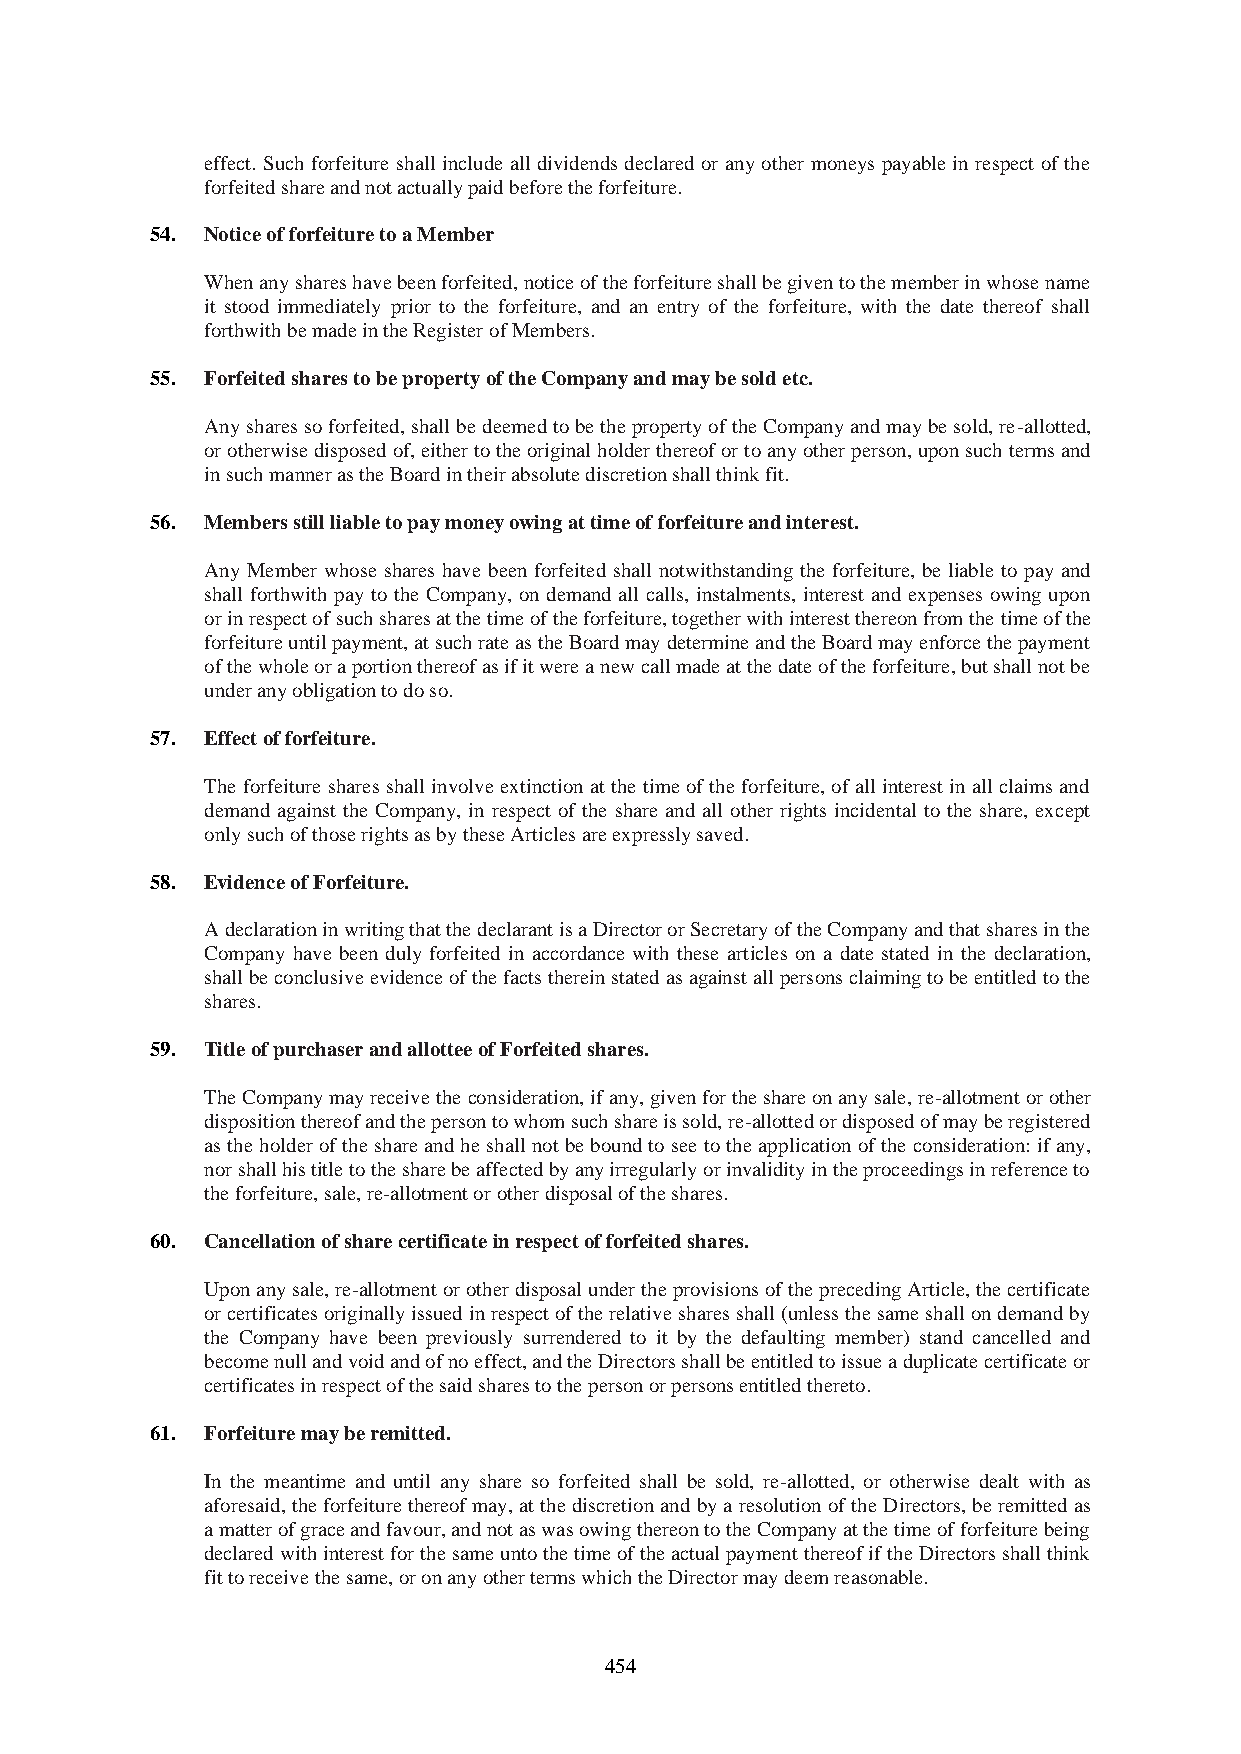
effect. Such forfeiture shall include all dividends declared or any other moneys payable in respect of the
 forfeited share and not actually paid before the forfeiture.
 54. Notice of forfeiture to a Member
 When any shares have been forfeited, notice of the forfeiture shall be given to the member in whose name
 it stood immediately prior to the forfeiture, and an entry of the forfeiture, with the date thereof shall
 forthwith be made in the Register of Members.
 55. Forfeited shares to be property of the Company and may be sold etc.
 Any shares so forfeited, shall be deemed to be the property of the Company and may be sold, re-allotted,
 or otherwise disposed of, either to the original holder thereof or to any other person, upon such terms and
 in such manner as the Board in their absolute discretion shall think fit.
 56. Members still liable to pay money owing at time of forfeiture and interest.
 Any Member whose shares have been forfeited shall notwithstanding the forfeiture, be liable to pay and
 shall forthwith pay to the Company, on demand all calls, instalments, interest and expenses owing upon
 or in respect of such shares at the time of the forfeiture, together with interest thereon from the time of the
 forfeiture until payment, at such rate as the Board may determine and the Board may enforce the payment
 of the whole or a portion thereof as if it were a new call made at the date of the forfeiture, but shall not be
 under any obligation to do so.
 57. Effect of forfeiture.
 The forfeiture shares shall involve extinction at the time of the forfeiture, of all interest in all claims and
 demand against the Company, in respect of the share and all other rights incidental to the share, except
 only such of those rights as by these Articles are expressly saved.
 58. Evidence of Forfeiture.
 A declaration in writing that the declarant is a Director or Secretary of the Company and that shares in the
 Company have been duly forfeited in accordance with these articles on a date stated in the declaration,
 shall be conclusive evidence of the facts therein stated as against all persons claiming to be entitled to the
 shares.
 59. Title of purchaser and allottee of Forfeited shares.
 The Company may receive the consideration, if any, given for the share on any sale, re-allotment or other
 disposition thereof and the person to whom such share is sold, re-allotted or disposed of may be registered
 as the holder of the share and he shall not be bound to see to the application of the consideration: if any,
 nor shall his title to the share be affected by any irregularly or invalidity in the proceedings in reference to
 the forfeiture, sale, re-allotment or other disposal of the shares.
 60. Cancellation of share certificate in respect of forfeited shares.
 Upon any sale, re-allotment or other disposal under the provisions of the preceding Article, the certificate
 or certificates originally issued in respect of the relative shares shall (unless the same shall on demand by
 the Company have been previously surrendered to it by the defaulting member) stand cancelled and
 become null and void and of no effect, and the Directors shall be entitled to issue a duplicate certificate or
 certificates in respect of the said shares to the person or persons entitled thereto.
 61. Forfeiture may be remitted.
 In the meantime and until any share so forfeited shall be sold, re-allotted, or otherwise dealt with as
 aforesaid, the forfeiture thereof may, at the discretion and by a resolution of the Directors, be remitted as
 a matter of grace and favour, and not as was owing thereon to the Company at the time of forfeiture being
 declared with interest for the same unto the time of the actual payment thereof if the Directors shall think
 fit to receive the same, or on any other terms which the Director may deem reasonable.
 454